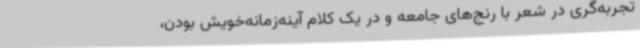
تجربه‌گری در شعر با رنج‌های جامعه و در یک کلام آینه‌زمانه‌خویش بودن،